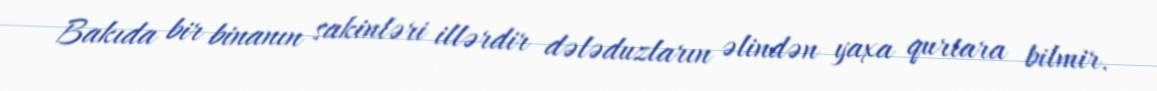
Bakıda bir binanın sakinləri illərdir dələduzların əlindən yaxa qurtara bilmir.